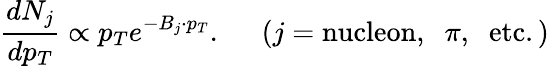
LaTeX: \frac{dN_{j}}{dp_{T}}\propto p_{T}e^{-B_{j}\cdot p_{T}}.\; \; \; \; \; (j=\mathrm{nucleon},\; \; \pi,\; \; \mathrm{etc}.)